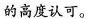
的高度认可。